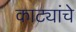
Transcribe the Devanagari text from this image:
काट्यांचे